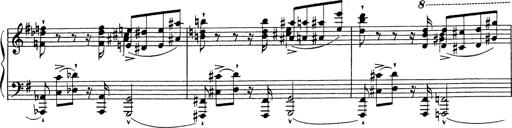
Title: Grosses Konzertsolo
Composer: Franz Liszt